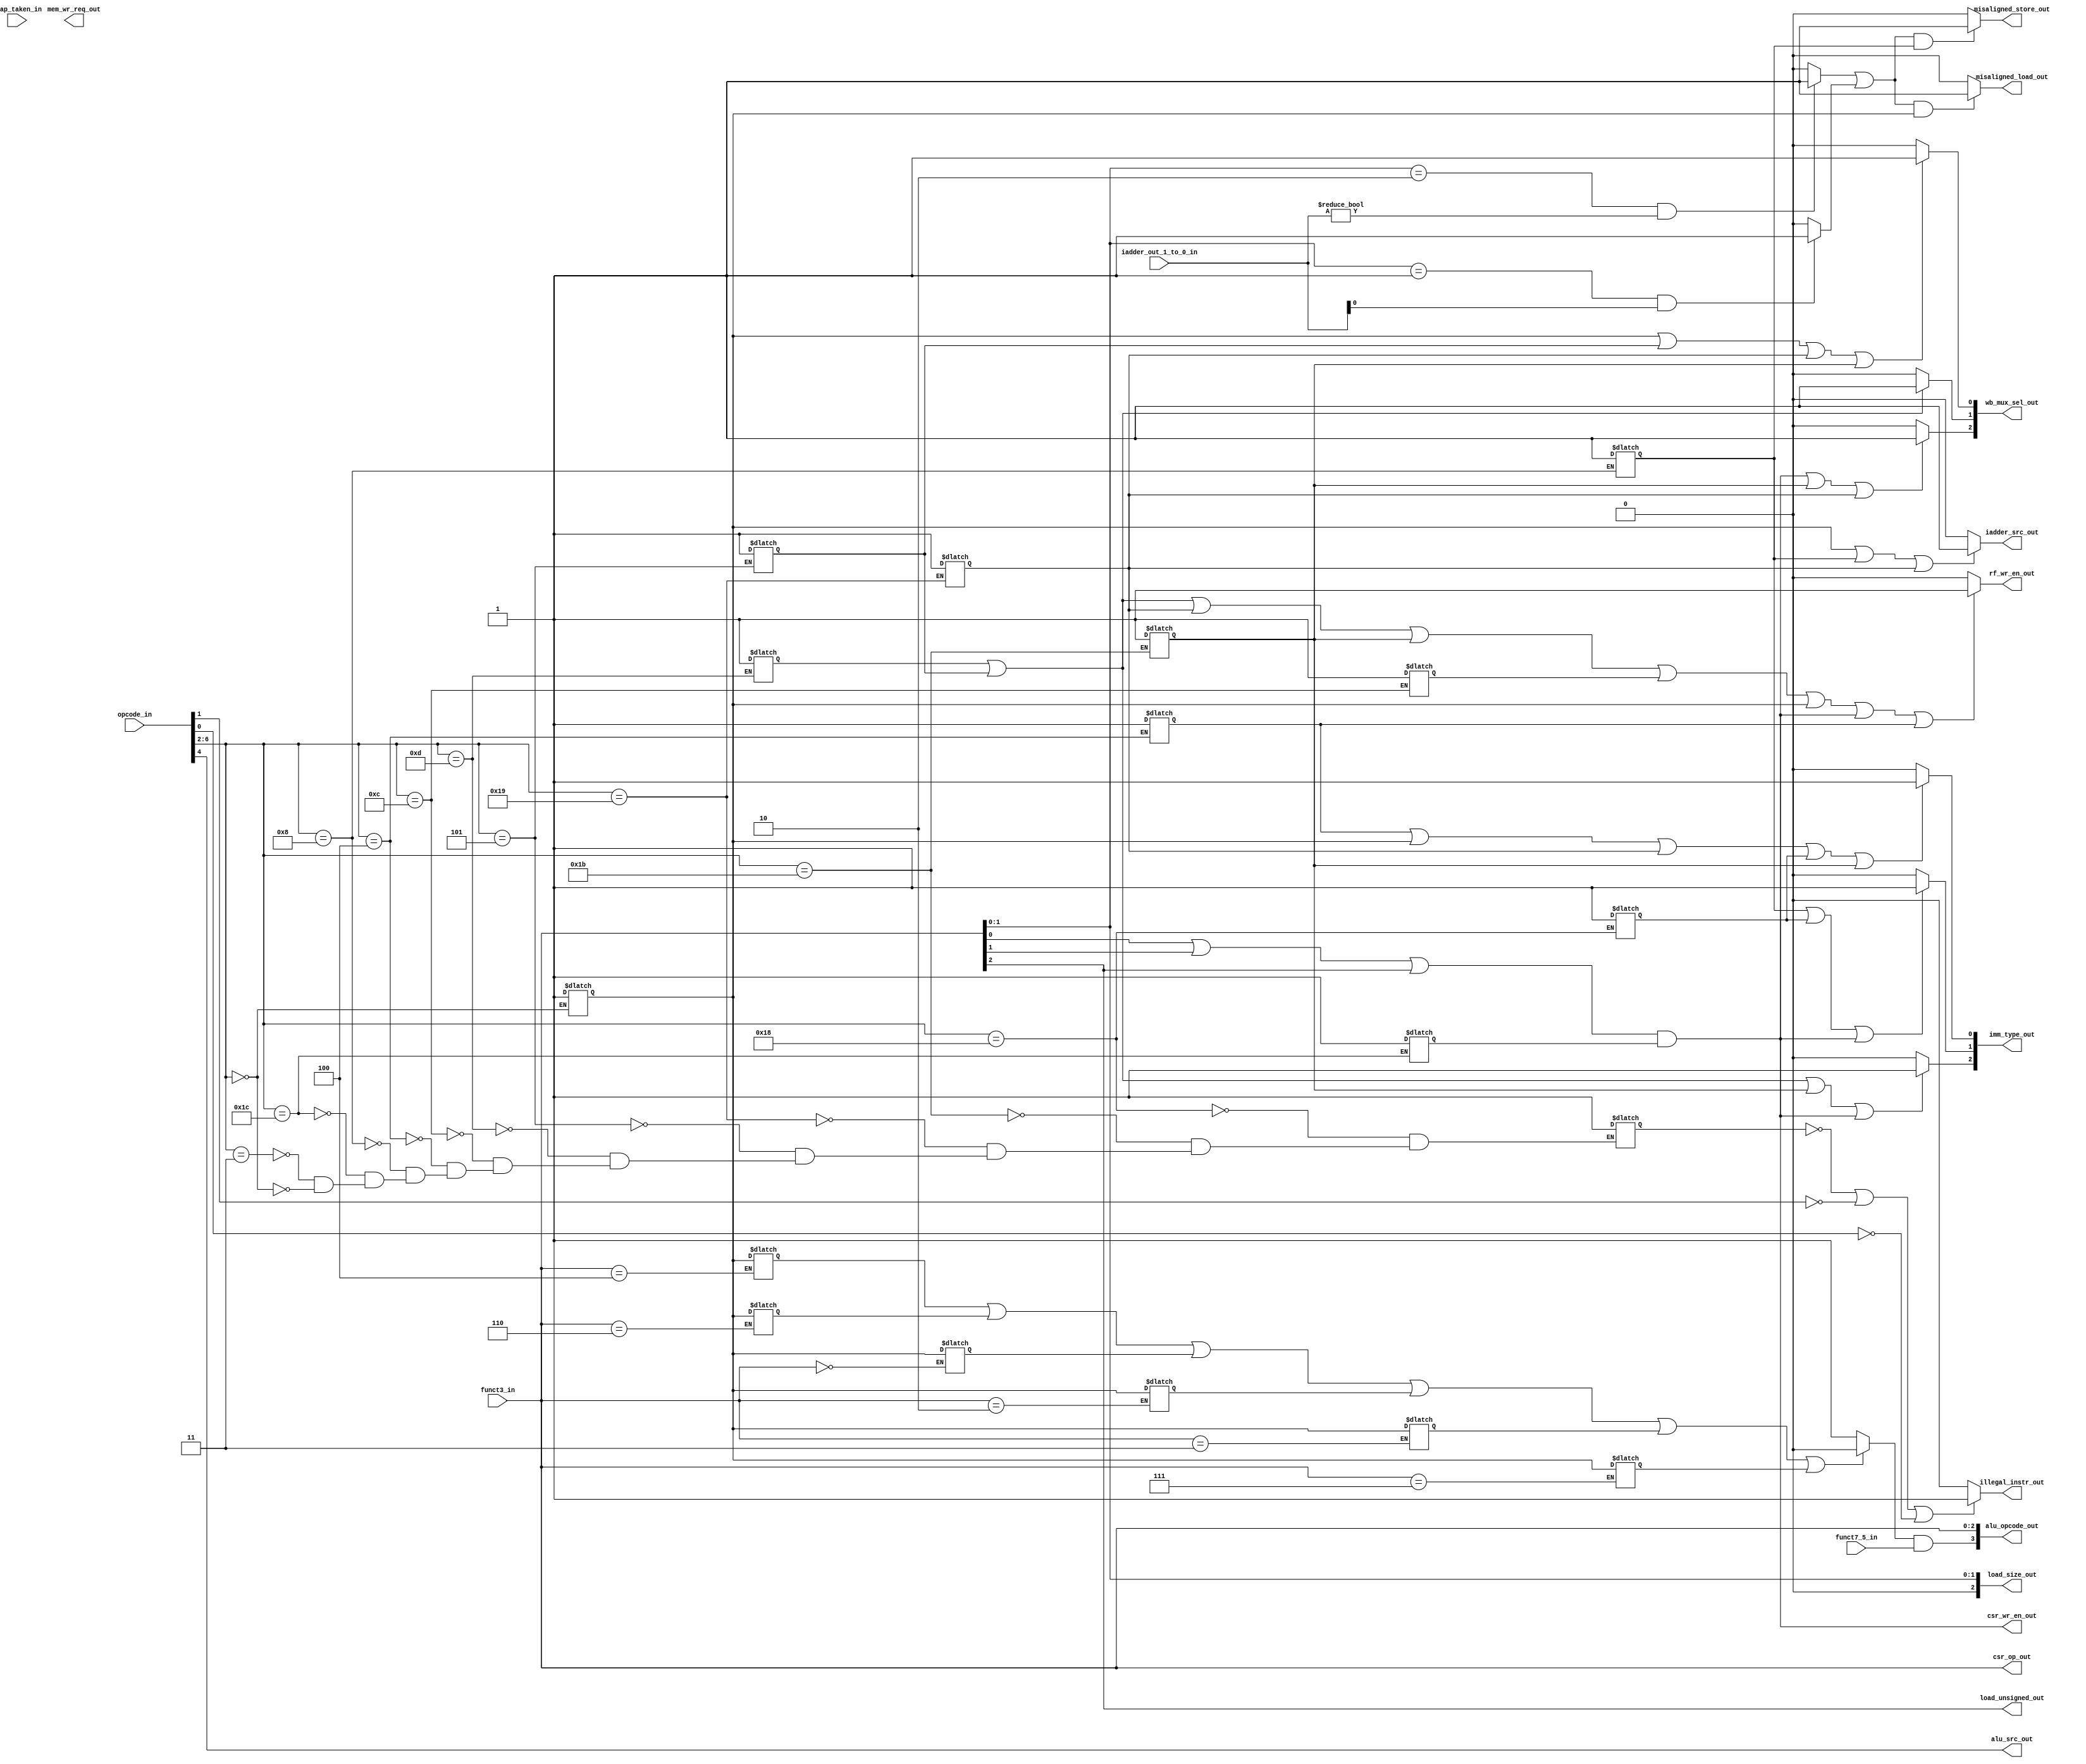
module msrv32_decoder(trap_taken_in , funct7_5_in , opcode_in , funct3_in , iadder_out_1_to_0_in , wb_mux_sel_out , imm_type_out , csr_op_out , mem_wr_req_out , alu_opcode_out,load_size_out , load_unsigned_out , alu_src_out , iadder_src_out , csr_wr_en_out , rf_wr_en_out , illegal_instr_out , misaligned_load_out , misaligned_store_out);
input trap_taken_in , funct7_5_in ;
input [6:0] opcode_in ;
input [2:0] funct3_in ;
input [1:0] iadder_out_1_to_0_in;
output wire [2:0] wb_mux_sel_out , imm_type_out , csr_op_out;
output  wire mem_wr_req_out , alu_src_out , iadder_src_out , csr_wr_en_out , rf_wr_en_out , illegal_instr_out, misaligned_load_out, misaligned_store_out , load_unsigned_out;
output wire [3:0]alu_opcode_out ;
output wire  [2:0] load_size_out;
reg is_branch , is_jal , is_jalr , is_auipc , is_lui , is_op , is_op_imm , is_load , is_store , is_system , is_misc_mem;
reg is_addi , is_ori , is_xori , is_slti , is_andi , is_sltiu;
wire is_csr;
wire inter;
reg is_implemented_instr;
always@(opcode_in)
begin
case(opcode_in[6:2])
5'b11000 :
begin
 is_branch=1;
 is_implemented_instr=1;
end
5'b11011 :
begin
 is_jal=1;
  is_implemented_instr=1;
end
5'b11001 : 
begin
is_jalr = 1;
 is_implemented_instr=1;
end
5'b00101 : 
begin
is_auipc = 1;
 is_implemented_instr=1;
end
5'b01101 :
begin
 is_lui = 1;
  is_implemented_instr=1;
end
5'b01100 :
begin
  is_op = 1;
   is_implemented_instr=1;
end
5'b00100 :
begin
 is_op_imm = 1 ; 
  is_implemented_instr=1;
end
5'b01000 : 
begin
is_store = 1;
 is_implemented_instr=1;
end
5'b11100 :
begin
 is_system = 1;
  is_implemented_instr=1;
end
5'b00011 :
begin
 is_misc_mem = 1;
  is_implemented_instr=1;
end
5'b00000 : 
begin
is_load = 1;
 is_implemented_instr=1;
end
endcase
end
assign is_csr = (funct3_in[0] | funct3_in[1] | funct3_in[2]) & is_system;
assign csr_wr_en_out = is_csr;
assign rf_wr_en_out = (is_lui|is_auipc|is_jalr|is_jal|is_op|is_load|is_csr|is_op_imm)?1:0;
assign wb_mux_sel_out[0] = is_load|is_auipc|is_jalr|is_jal ? 1:0;
assign wb_mux_sel_out[1] = is_lui|is_auipc ? 1:0;
assign wb_mux_sel_out[2] = is_csr|is_jal|is_jalr ? 1:0;
assign imm_type_out[0]  = is_op_imm| is_load | is_jalr | is_branch | is_jal ? 1:0;
assign imm_type_out[1] = is_store| is_branch | is_csr ? 1:0;
assign imm_type_out[2] = is_lui | is_auipc | is_jal | is_csr ? 1:0;
assign iadder_src_out = is_load | is_store | is_jalr ? 1:0;

always @(funct3_in)
begin
case(funct3_in)
3'b000 : is_addi = is_load ;
3'b010 : is_slti = is_load ;
3'b011 : is_sltiu = is_load;
3'b111 : is_andi = is_load;
3'b110 : is_ori = is_load;
3'b100 : is_xori = is_load;
endcase
end

assign inter = ~(is_xori|is_ori|is_addi|is_slti|is_sltiu|is_andi) ? 1:0;
assign alu_opcode_out[3] = inter & funct7_5_in;
assign alu_opcode_out [2:0] = funct3_in;
assign csr_op_out = funct3_in; 
assign illegal_instr_out = (~is_implemented_instr | ~opcode_in[1] | ~opcode_in[0] )? 1 : 0;
assign load_size_out = funct3_in[1:0];
assign load_unsigned_out = funct3_in[2];
assign alu_src_out = opcode_in[4];
assign mal_word = (funct3_in[1:0] == 2'b10 && iadder_out_1_to_0_in !=0) ? 1:0 ;
assign mal_half = (funct3_in[1:0] == 2'b01 && iadder_out_1_to_0_in[0] !=0)? 1:0 ;
assign misaligned_load_out = ( mal_word | mal_half && is_load)? 1:0;
assign misaligned_store_out = (mal_word|mal_half && is_store)? 1:0;
endmodule